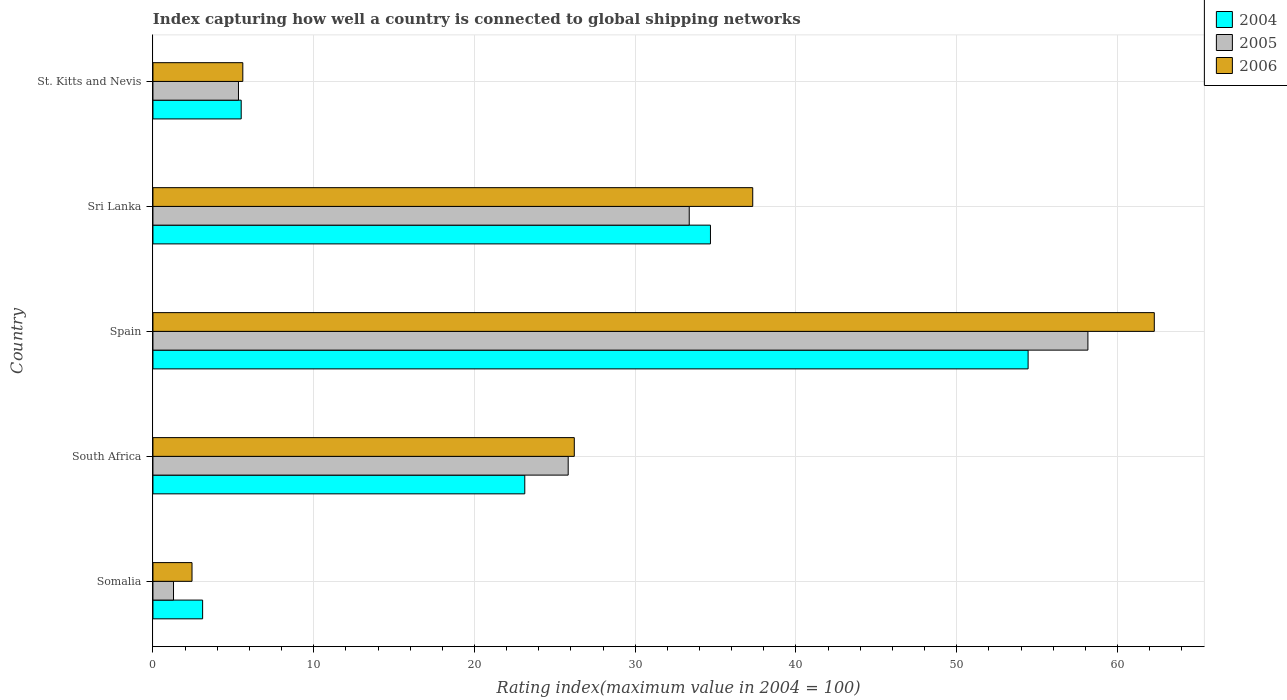
| Country | 2004 | 2005 | 2006 |
 | --- | --- | --- | --- |
 | Somalia | 3.09 | 1.28 | 2.43 |
 | South Africa | 23.1 | 25.8 | 26.2 |
 | Spain | 54.4 | 58.2 | 62.3 |
 | Sri Lanka | 34.7 | 33.4 | 37.3 |
 | St. Kitts and Nevis | 5.49 | 5.32 | 5.59 |